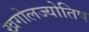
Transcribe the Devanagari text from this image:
खगोलज्योतिष